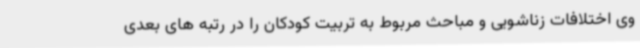
وی اختلافات زناشویی و مباحث مربوط به تربیت کودکان را در رتبه های بعدی